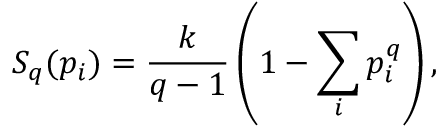
S _ { q } ( { p _ { i } } ) = { \frac { k } { q - 1 } } \left( 1 - \sum _ { i } p _ { i } ^ { q } \right) ,